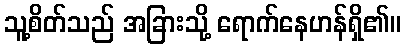
သူ့စိတ်သည် အခြားသို့ ရောက်နေဟန်ရှိ၏။